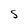
Character: S